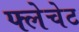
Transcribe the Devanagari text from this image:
फ्लेचेट